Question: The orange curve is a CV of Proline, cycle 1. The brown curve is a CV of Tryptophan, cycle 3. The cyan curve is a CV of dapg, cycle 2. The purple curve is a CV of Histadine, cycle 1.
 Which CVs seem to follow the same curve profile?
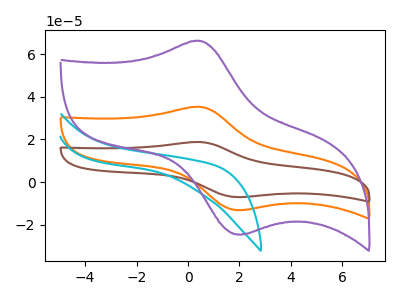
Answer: <think>The orange curve "Proline, cycle 1" has an anodic peak at (0.45V, 35.25uA) and a cathodic peak at (2.10V, -13.00uA). The brown curve "Tryptophan, cycle 3" has an anodic peak at (0.45V, 70.50uA) and a cathodic peak at (2.10V, -26.00uA). The cyan curve "dapg, cycle 2" has no peaks. The purple curve "Histadine, cycle 1" has an anodic peak at (0.45V, 66.15uA) and a cathodic peak at (2.10V, -24.40uA).
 All the peaks in "Proline, cycle 1" have a peak in "Tryptophan, cycle 3" at the same potential. Every peak in "Proline, cycle 1" is lower than every peak in "Tryptophan, cycle 3". "Proline, cycle 1" and "dapg, cycle 2" have a different number of peaks. All the peaks in "Proline, cycle 1" have a peak in "Histadine, cycle 1" at the same potential. Every peak in "Proline, cycle 1" is lower than every peak in "Histadine, cycle 1". "Tryptophan, cycle 3" and "dapg, cycle 2" have a different number of peaks. All the peaks in "Tryptophan, cycle 3" have a peak in "Histadine, cycle 1" at the same potential. Every peak in "Tryptophan, cycle 3" is higher than every peak in "Histadine, cycle 1". "dapg, cycle 2" and "Histadine, cycle 1" have a different number of peaks.</think>
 <answer>"Histadine, cycle 1", "Proline, cycle 1" and "Tryptophan, cycle 3" have the same shape and are likely CV's of the same chemical.</answer>
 <eval>"Histadine, cycle 1" "Proline, cycle 1" "Tryptophan, cycle 3"</eval>